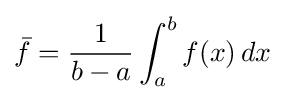
{\bar {f}}={\frac {1}{b-a}}\int _{a}^{b}f(x)\,dx